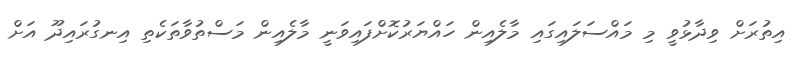
އިތުރަށް ވިދާޅުވީ މި މައްސަލައިގައި މާލެއިން ހައްޔަރުކޮށްފައިވަނީ މާލެއިން މަސްތުވާތަކެތި އިނގުރައިދޫ އަށް